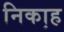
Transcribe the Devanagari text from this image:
निका़ह